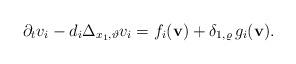
LaTeX: \begin{align*} \partial_t {v}_i - d_i \Delta_{x_1, \vartheta}v_i = f_i({\bf v}) + \delta_{1, \varrho} \, g_i({\bf v}). \end{align*}